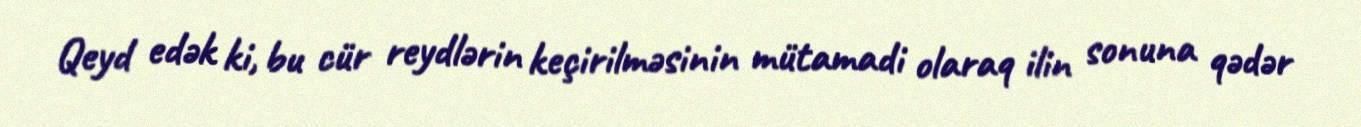
Qeyd edək ki, bu cür reydlərin keçirilməsinin mütamadi olaraq ilin sonuna qədər